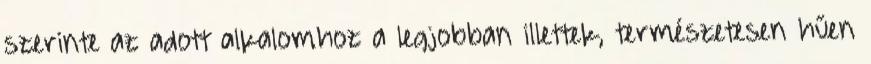
szerinte az adott alkalomhoz a legjobban illettek, természetesen hűen